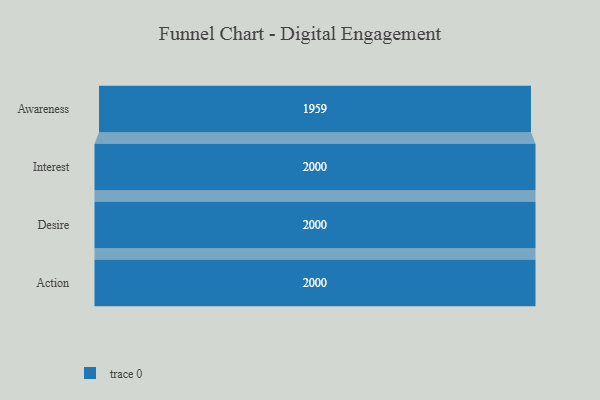
{"axis": {"x": "Stage", "y": "Value"}, "legend": [""], "data": [{"x": "Awareness", "y": 1959.0, "type": ""}, {"x": "Interest", "y": 2000, "type": ""}, {"x": "Desire", "y": 2000, "type": ""}, {"x": "Action", "y": 2000, "type": ""}]}